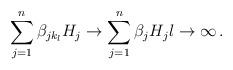
LaTeX: \begin{align*} \sum_{j=1}^n\beta_{jk_l}H_j\to\sum_{j=1}^n\beta_jH_jl\to\infty\,.\end{align*}